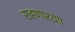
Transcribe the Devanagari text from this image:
राहणार्याा